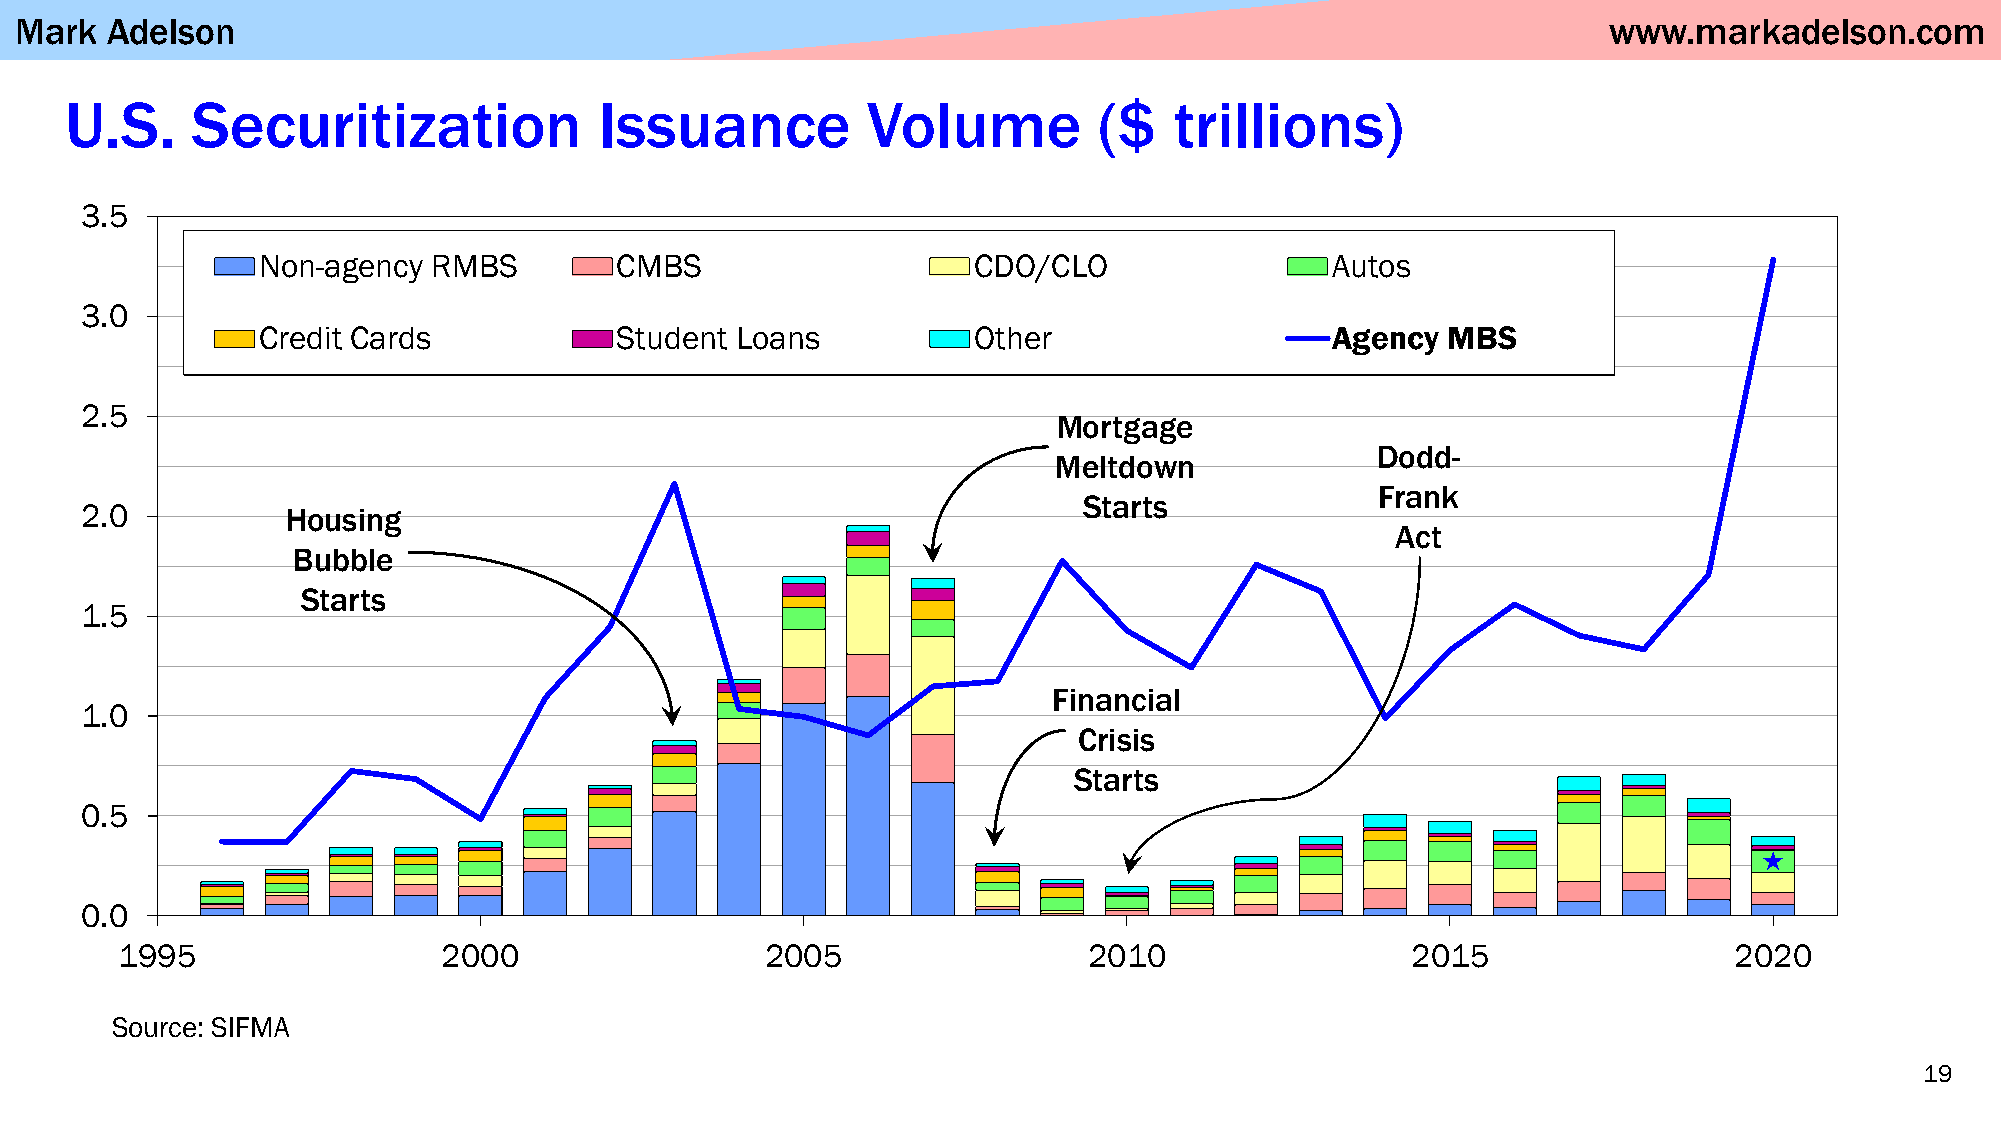
Mark  Adelson                                                                                            www.markadelson.com
 U.S.     Securitization             Issuance         Volume          ($   trillions)
 3.5
 Non-agency  RMBS        CMBS                   CDO/CLO                 Autos
 3.0
 Credit Cards            Student Loans          Other                   Agency  MBS
 2.5
 Mortgage
 Dodd-
 Meltdown
 Frank
 Starts
 2.0           Housing
 Act
 Bubble
 Starts
 1.5
 Financial
 1.0
 Crisis
 Starts
 0.5
 
 0.0
 1995                 2000                  2005                 2010                 2015                  2020
 Source: SIFMA
 19